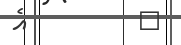
٤         އެ